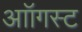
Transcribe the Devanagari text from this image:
आॉगस्ट